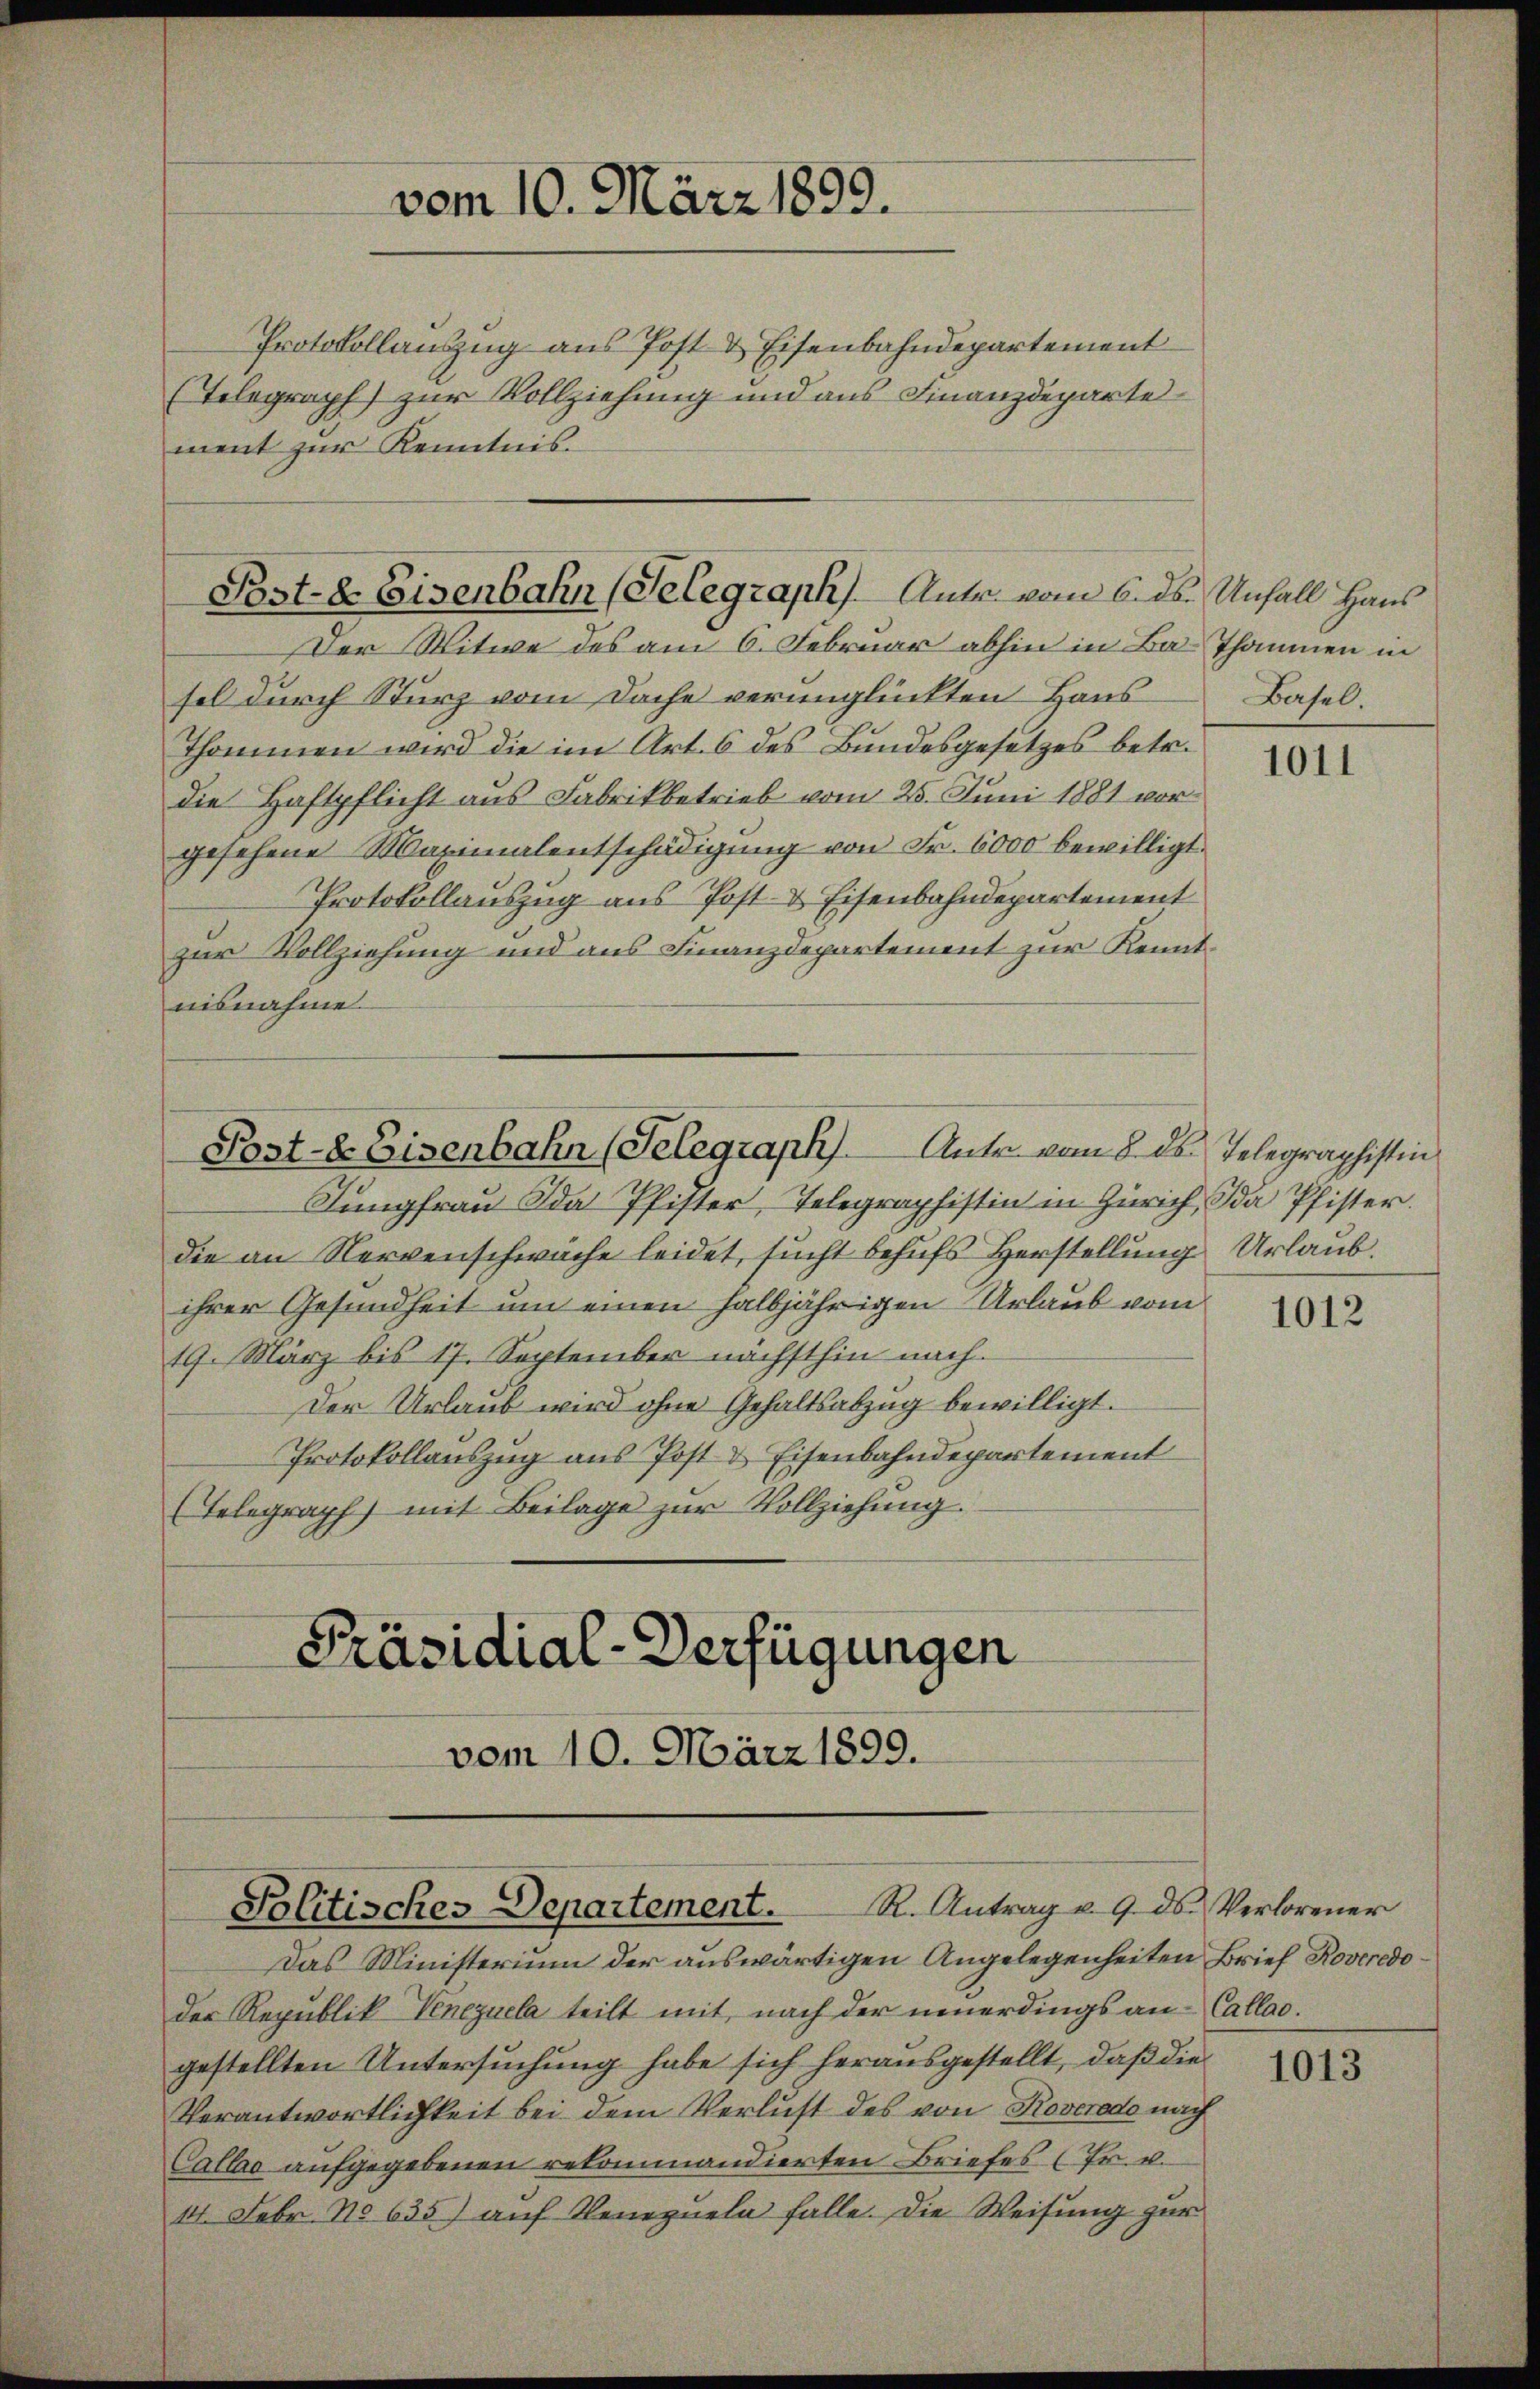
Protokollauszug aus Post & Eisenbahndepartement
(Telegraph) zur Vollziehung und aus Finanzdeparte
ment zur Kenntnis.

vom 10. März 1899.

Post-8. Eisenbahn (Selegraph) Antr. vom 6. ds. Unfall Haus
Der Witwe des am 6. Februar abhin in Ba-Thommen in

sel durch Sturz vom Dache verunglückten Haus
Thommen wird die im Art. 6 des Bundesgesetzes betr.
die Haftpflicht aus Fabrikbetrieb vom 25. Juni 1881 vorgesehene Maximalentschädigŭng von Fr. 6000 bewilligt.
Protokollauszug aus Post- & Eisenbahndepartement
zur Vollziehung und aus Finanzdepartement zur Kenntnisnahme.
Jungfrau Da Pfister, Telegraphistin in Zürich, Ida Pfister.
die an Nervenschwäche leidet, sucht behufs Herstellung Urlaub.
ihrer Gesundheit um einen halbjährigen Urlaub vom
19. März bis 17. September nächsthin nach¬
Der Urlaub wird ohne Gehaltsabzug bewilligt.
Protokollauszug aus Post & Eisenbahndepartement
(Telegraph) mit Beilage zur Vollziehung.
Präsidial-Verfügungen

Post- & Eisenbahn (Telegraph). Ante vom 8. ds. Telegraphistin

Politisches Departement. R. Antrag u. 9. ds Verlorener

vom 10. März 1899.

Das Ministerium der auswärtigen Angelegenheiten Brief Roveredo¬
Der Republik Venezuela teilt mit nach der neuerdings an Callad.
gestellten Untersuchung habe sich herausgestellt, daß die
Verantwortlichkeit bei dem Verlust des von Roveredo nach
Callas aufgegebenen rekommandierten Briefes (Fr. v.
14. Febr. No 635) auf Venezueln falle. Die Weisung zur

Basel.

1011

1012

1013